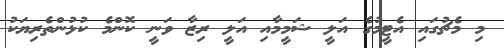
މި މެޗުގައި އެޓީމުގެ އަލީ ޝަމީމާއި އަލީ ރިޒާ ވަނީ ކޮންމެ ކުޅުންތެރިޔަކު